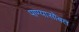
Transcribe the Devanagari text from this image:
पाण्‍यासोबत